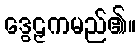
ဒွေဠှကမည်၏။